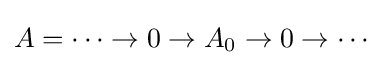
A=\dots \to 0\to A_{0}\to 0\to \cdots